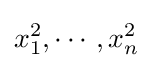
x_{1}^{2},\cdots ,x_{n}^{2}